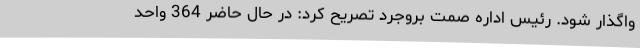
واگذار شود. رئیس اداره صمت بروجرد تصریح کرد: در حال حاضر 364 واحد